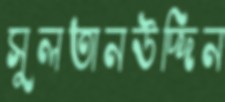
সুলতানউদ্দিন